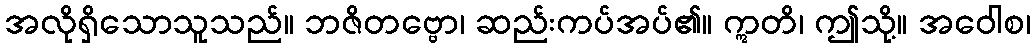
အလိုရှိသောသူသည်။ ဘဇိတဗ္ဗော၊ ဆည်းကပ်အပ်၏။ ဣတိ၊ ဤသို့။ အဝေါစ၊